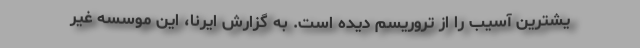
یشترین آسیب را از تروریسم دیده است. به گزارش ایرنا، این موسسه غیر